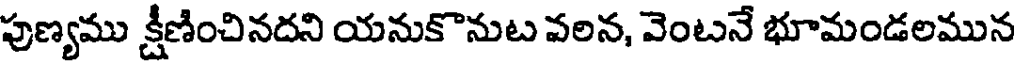
పుణ్యము క్షీణించినదని యనుకొనుట వలన, వెంటనే భూమండలమున